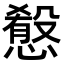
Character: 𢡯